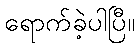
ရောက်ခဲ့ပါပြီ။